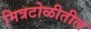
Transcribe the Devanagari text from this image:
मित्रटोळीतील